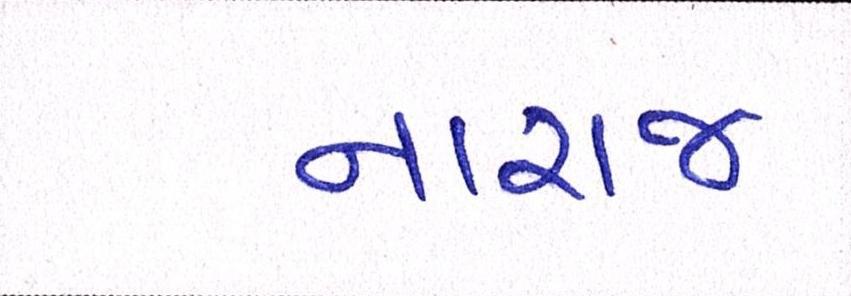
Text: નારાજ